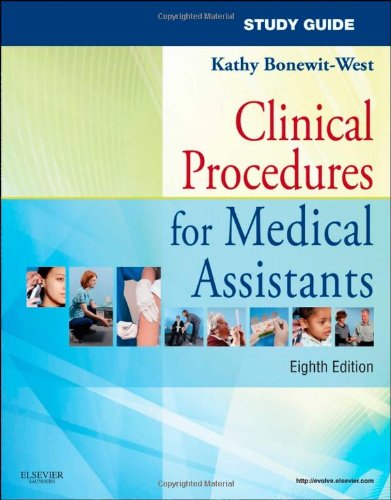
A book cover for Study Guide for Clinical Procedures for Medical Assistants, 8e; Kathy Bonewit-West BS  MEd; Medical Books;